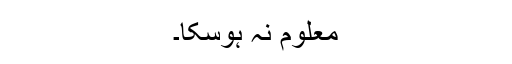
معلوم نہ ہوسکا۔